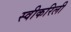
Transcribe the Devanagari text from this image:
स्वीकरिली